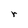
Character: r